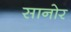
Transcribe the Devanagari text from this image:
सानोर